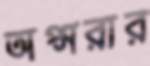
অপ্সরার